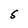
Character: S